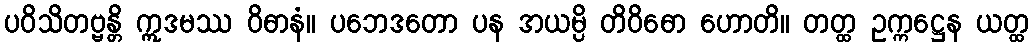
ပဝိသိတဗ္ဗန္တိ ဣဒမဿ ဝိဓာနံ။ ပဘေဒတော ပန အယမ္ပိ တိဝိဓော ဟောတိ။ တတ္ထ ဥက္ကဋ္ဌေန ယတ္ထ